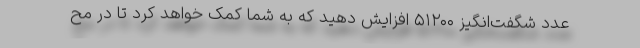
عدد شگفت‌انگیز ۵۱۲۰۰ افزایش دهید که به شما کمک خواهد کرد تا در مح